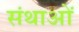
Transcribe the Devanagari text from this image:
संथाओं